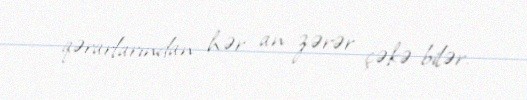
qərarlarından hər an zərər çəkə bilər.